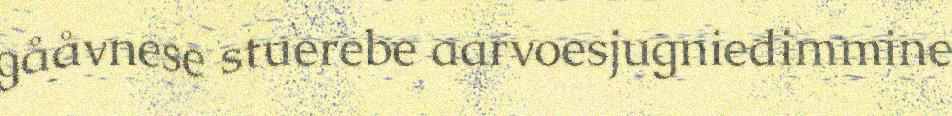
gååvnese stuerebe aarvoesjugniedimmine